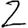
Digit: 2